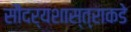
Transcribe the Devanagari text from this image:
सौंदर्यशास्त्राकडे